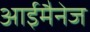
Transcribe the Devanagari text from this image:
आईमैनेज